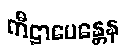
ကီဠာပေန္တေန